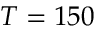
T = 1 5 0